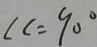
\angle c = 9 0 ^ { \circ }